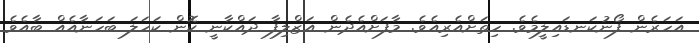
އަހަރެން ފޯނުކަނޑައިލީމެވެ. ހިތަށްއެރިއެވެ. މާފަށްއެދެން އަޒްލިފާ ދައްކާނީ ކޮން ކަހަލަ ބަހަނާއެއް ބާއެވެ